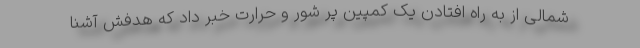
شمالی از به راه افتادن یک کمپین پُر شور و حرارت خبر داد که هدفش آشنا